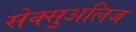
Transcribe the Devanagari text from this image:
सेक्सुअलिज